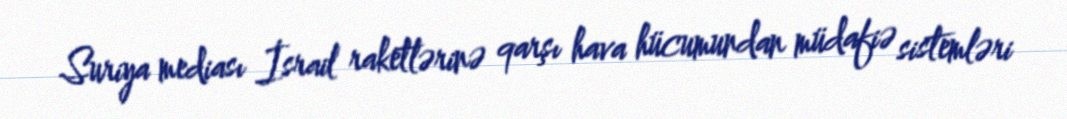
Suriya mediası İsrail raketlərinə qarşı hava hücumundan müdafiə sistemləri